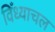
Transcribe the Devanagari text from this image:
विँध्याचल